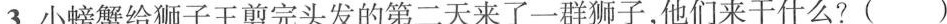
3.小螃蟹给狮子王剪完头发的第二天来了一群狮子，他们来干什么?()